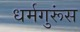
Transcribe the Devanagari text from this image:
धर्मगुरूंस